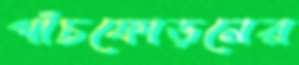
পাঁচফোড়নের